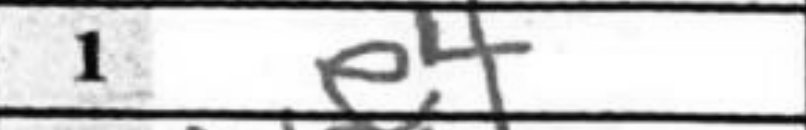
Transcription: e4